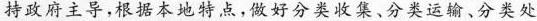
持政府主导，据本地特点，做好分类收集、分类运输、分类处